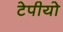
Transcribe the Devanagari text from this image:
टेपीयो